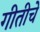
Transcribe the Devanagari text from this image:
गीतीचे